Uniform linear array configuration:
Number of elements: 4
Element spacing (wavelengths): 1
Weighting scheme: kaiser
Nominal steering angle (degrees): -15
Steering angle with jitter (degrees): -13.44
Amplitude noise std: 0.05
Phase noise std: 0.05

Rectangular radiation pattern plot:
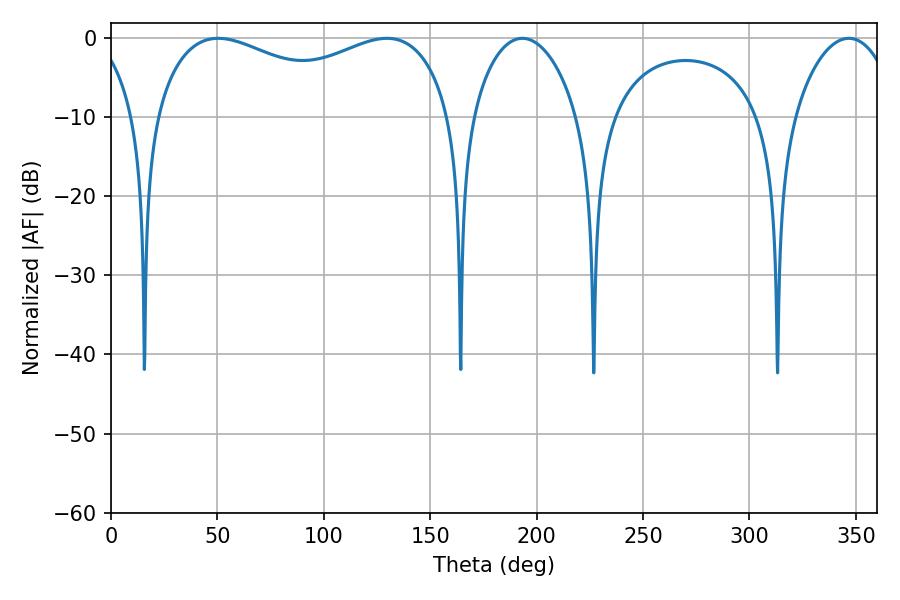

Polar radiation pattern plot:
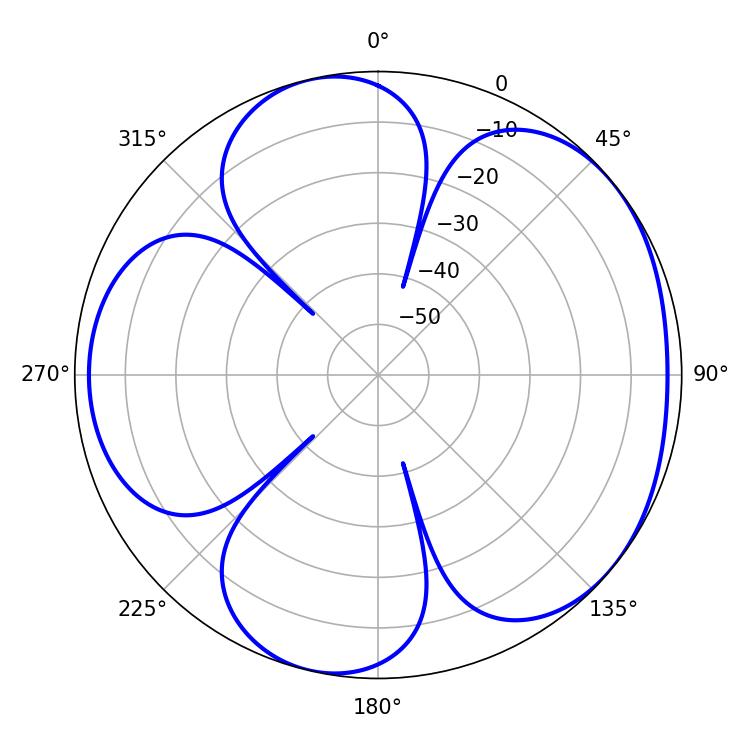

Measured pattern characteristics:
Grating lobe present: TRUE
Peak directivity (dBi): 4.777
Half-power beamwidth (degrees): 115.2
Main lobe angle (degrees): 50.4